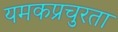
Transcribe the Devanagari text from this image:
यमकप्रचुरता